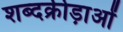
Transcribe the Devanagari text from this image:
शब्दक्रीड़ाओं